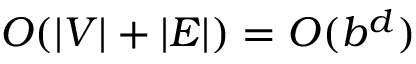
O ( | V | + | E | ) = O ( b ^ { d } )